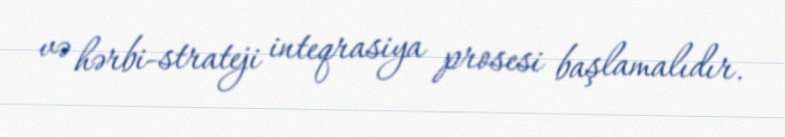
və hərbi-strateji inteqrasiya prosesi başlamalıdır.